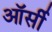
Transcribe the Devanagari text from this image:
ऑर्सी